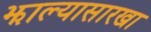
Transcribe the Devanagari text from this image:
झाल्यासारखा